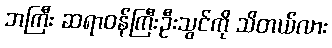
ဘကြီး ဆရာဝန်ကြီးဦးသွင်ကို သိတယ်လား